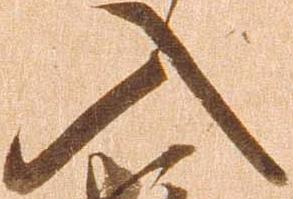
入